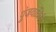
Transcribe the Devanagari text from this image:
पुंजयांत्रिकी